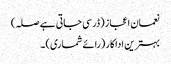
نعمان اعجاز (ڈر سی جاتی ہے صلہ)
بہترین اداکار (رائے شماری) ۔